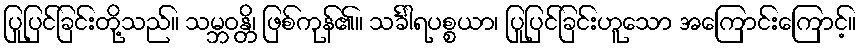
ပြုပြင်ခြင်းတို့သည်။ သမ္ဘဝန္တိ၊ ဖြစ်ကုန်၏။ သင်္ခါရပစ္စယာ၊ ပြုပြင်ခြင်းဟူသော အကြောင်းကြောင့်။